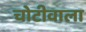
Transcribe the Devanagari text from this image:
चोटीवाला